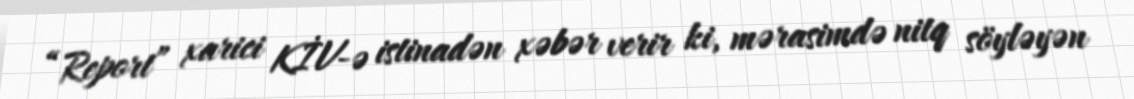
“Report” xarici KİV-ə istinadən xəbər verir ki, mərasimdə nitq söyləyən